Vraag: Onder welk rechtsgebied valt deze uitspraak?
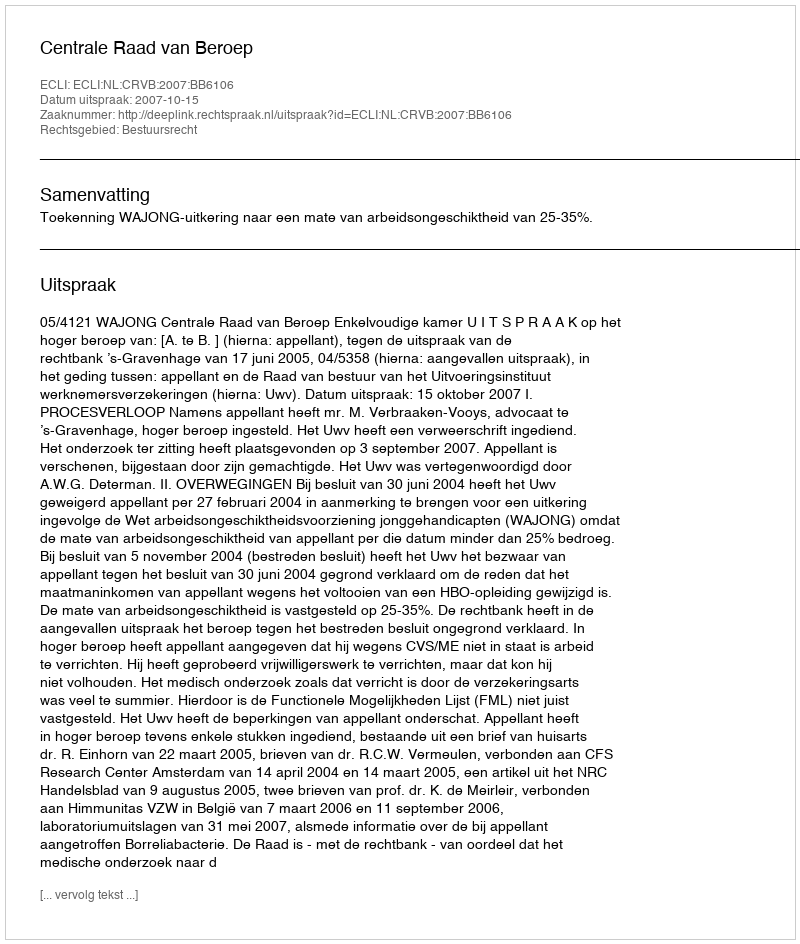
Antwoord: Bestuursrecht